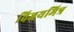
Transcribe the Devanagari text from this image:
विजयमित्र